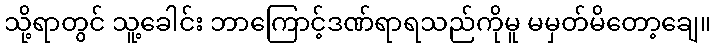
သို့ရာတွင် သူ့ခေါင်း ဘာကြောင့်ဒဏ်ရာရသည်ကိုမူ မမှတ်မိတော့ချေ။